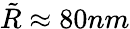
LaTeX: \tilde{R}\approx 80nm